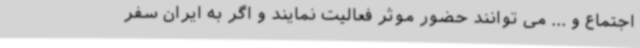
اجتماع و ... می توانند حضور موثر فعالیت نمایند و اگر به ایران سفر